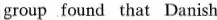
group found that Danish